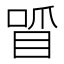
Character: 𠷒